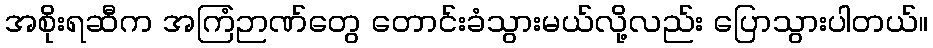
အစိုးရဆီက အကြံဉာဏ်တွေ တောင်းခံသွားမယ်လို့လည်း ပြောသွားပါတယ်။